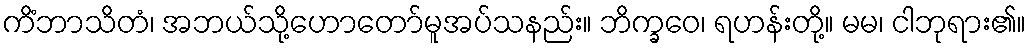
ကိံဘာသိတံ၊ အဘယ်သို့ဟောတော်မူအပ်သနည်း။ ဘိက္ခဝေ၊ ရဟန်းတို့။ မမ၊ ငါဘုရား၏။